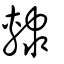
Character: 隷